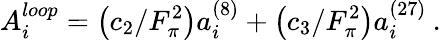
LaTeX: A_{i}^{loop}=\left(c_{2}/F_{\pi}^{2}\right)a_{i}^{\left(8\right)}+\left(c_{3}/F_{\pi}^{2}\right)a_{i}^{\left(27\right)}\: .